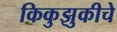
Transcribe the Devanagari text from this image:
किकुझुकीचे